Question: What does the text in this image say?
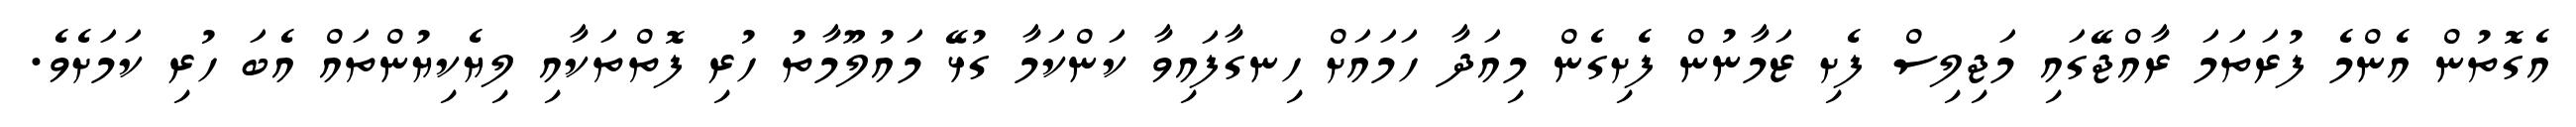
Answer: އެގޮތުން އެންމެ ފުރަތަމަ ރާއްޖޭގައި މަޖިލިސް ފެށި ޒަމާނުން ފެށިގެން މިއަދާ ހަމައަށް ހިނގާފައިވާ ކަންކަމާ ގުޅޭ މައުލޫމާތު ހުރި ފޮތްތަކާއި ލިޔެކިޔުންތައް އެބަ ހުރި ކަމަށެވެ.